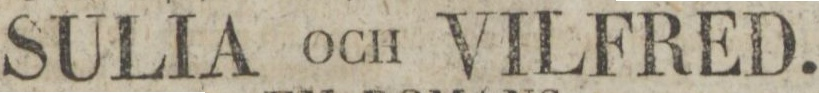
SULIA OCH VILFRED.